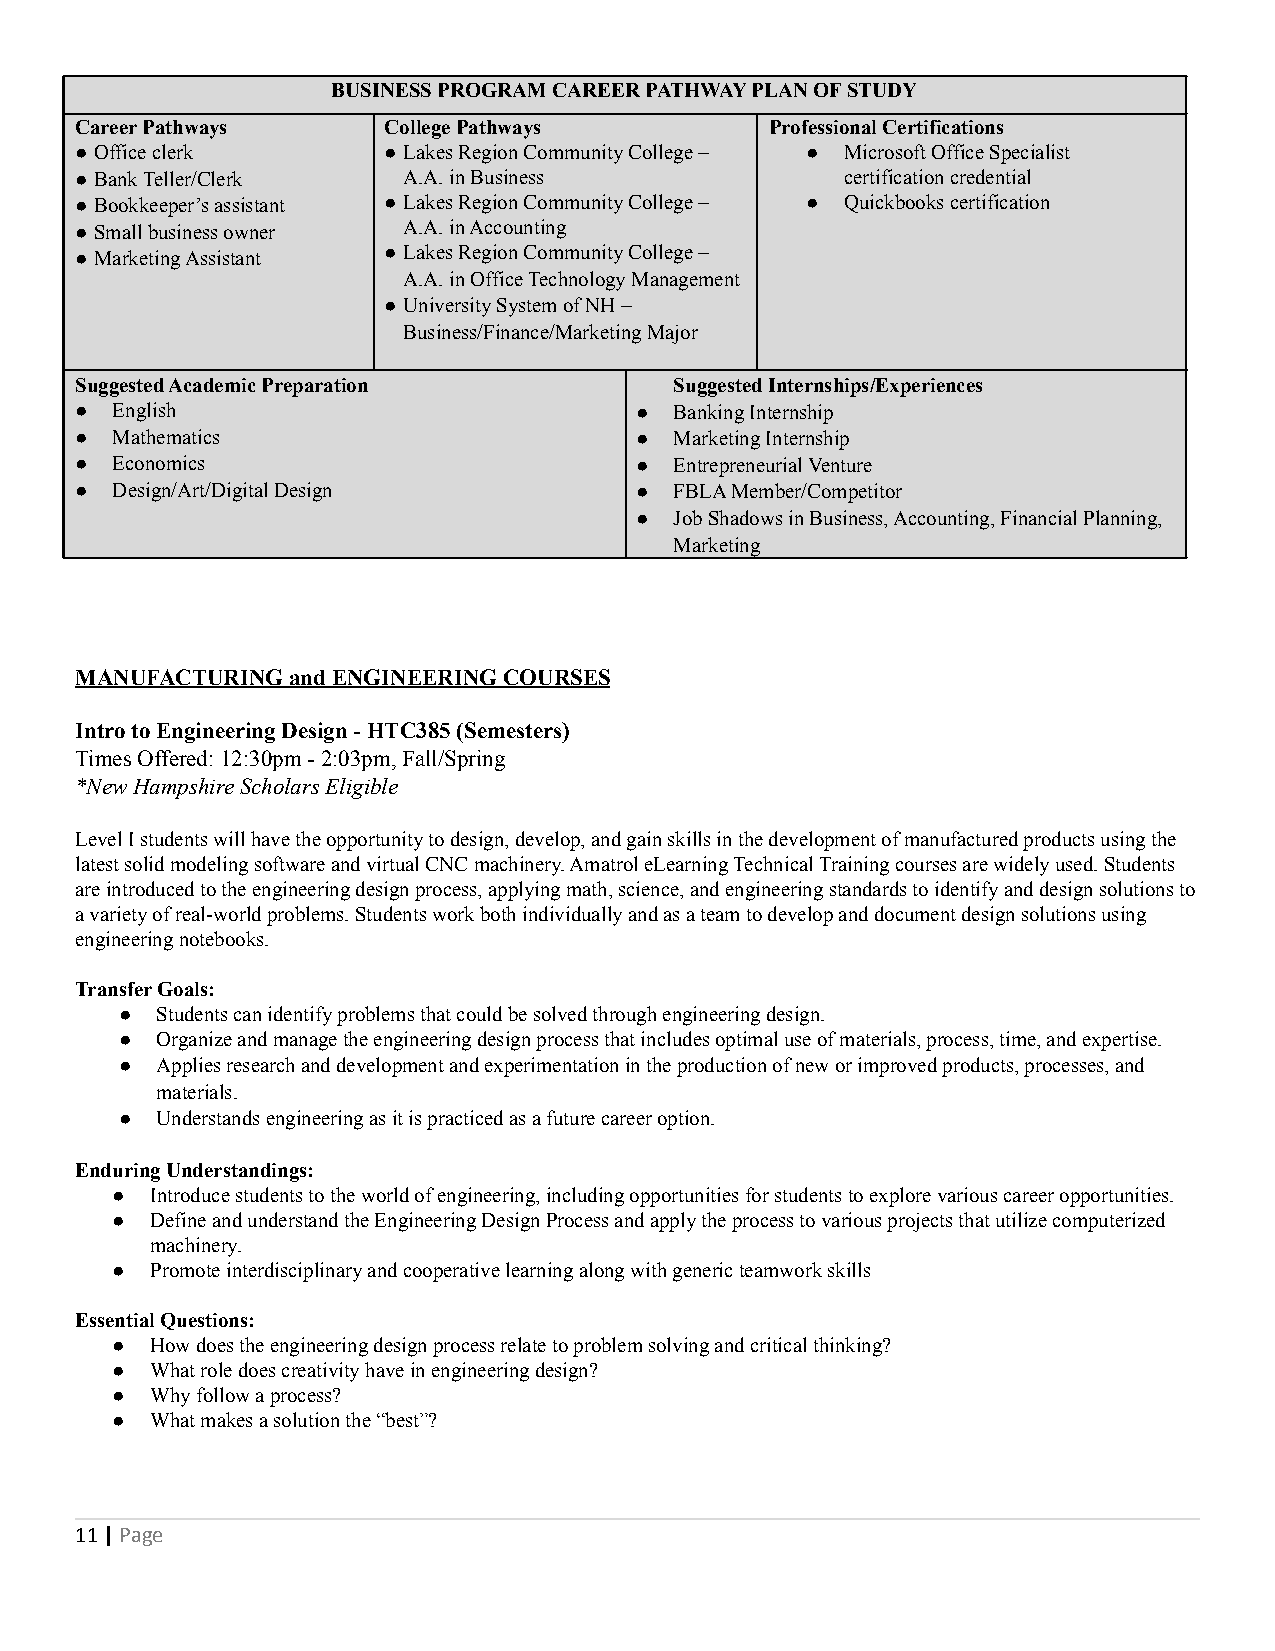
BUSINESS PROGRAM CAREER PATHWAY PLAN OF STUDY
 Career Pathways     College Pathways          Professional Certifications
 ●Office clerk       ●Lakes Region Community College – ● Microsoft Office Specialist
 ●Bank Teller/Clerk    A.A. in Business             certification credential
 ●Bookkeeper’s assistant ●Lakes Region Community College – ● Quickbooks certification
 ●Small business owner A.A. in Accounting
 ●Marketing Assistant ●Lakes Region Community College –
 A.A. in Office Technology Management
 ●University System of NH –
 Business/Finance/Marketing Major
 Suggested Academic Preparation          Suggested Internships/Experiences
 ● English                            ●  Banking Internship
 ● Mathematics                        ●  Marketing Internship
 ● Economics                          ●  Entrepreneurial Venture
 ● Design/Art/Digital Design          ●  FBLA Member/Competitor
 ●  Job Shadows in Business, Accounting, Financial Planning,
 Marketing
 MANUFACTURING and ENGINEERING COURSES
 Intro to Engineering Design - HTC385 (Semesters)
 Times Offered: 12:30pm - 2:03pm, Fall/Spring
 *New Hampshire Scholars Eligible
 Level I students will have the opportunity to design, develop, and gain skills in the development of manufactured products using the
 latest solid modeling software and virtual CNC machinery. Amatrol eLearning Technical Training courses are widely used. Students
 are introduced to the engineering design process, applying math, science, and engineering standards to identify and design solutions to
 a variety of real-world problems. Students work both individually and as a team to develop and document design solutions using
 engineering notebooks.
 Transfer Goals:
 ● Students can identify problems that could be solved through engineering design.
 ● Organize and manage the engineering design process that includes optimal use of materials, process, time, and expertise.
 ● Applies research and development and experimentation in the production of new or improved products, processes, and
 materials.
 ● Understands engineering as it is practiced as a future career option.
 Enduring Understandings:
 ●  Introduce students to the world of engineering, including opportunities for students to explore various career opportunities.
 ●  Define and understand the Engineering Design Process and apply the process to various projects that utilize computerized
 machinery.
 ●  Promote interdisciplinary and cooperative learning along with generic teamwork skills
 Essential Questions:
 ●  How does the engineering design process relate to problem solving and critical thinking?
 ●  What role does creativity have in engineering design?
 ●  Why follow a process?
 ●  What makes a solution the “best”?
 11|Page